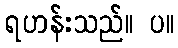
ရဟန်းသည်။ ပ။